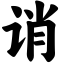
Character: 诮